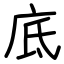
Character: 底